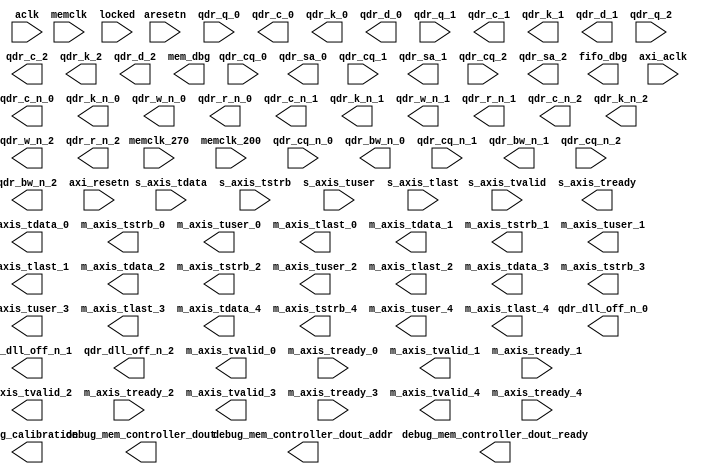
//----------------------------------------------------------------------------
// Filename:          nf10_sram_output_queues
// Version:           1.00.a
// Description:       Example Axi Streaming core (Verilog).
// Verilog Standard:  Verilog-2001
//----------------------------------------------------------------------------
// Naming Conventions:
//   active low signals:                    "*_n"
//   clock signals:                         "clk", "clk_div#", "clk_#x"
//   reset signals:                         "rst", "rst_n"
//   generics:                              "C_*"
//   user defined types:                    "*_TYPE"
//   state machine next state:              "*_ns"
//   state machine current state:           "*_cs"
//   combinatorial signals:                 "*_com"
//   pipelined or register delay signals:   "*_d#"
//   counter signals:                       "*cnt*"
//   clock enable signals:                  "*_ce"
//   internal version of output port:       "*_i"
//   device pins:                           "*_pin"
//   ports:                                 "- Names begin with Uppercase"
//   processes:                             "*_PROCESS"
//   component instantiations:              "<ENTITY_>I_<#|FUNC>"
//----------------------------------------------------------------------------

//----------------------------------------
// Module Section
//----------------------------------------
module nf10_sram_output_queues 
#(
  parameter C_FAMILY              = "virtex5",
  parameter C_S_AXI_DATA_WIDTH    = 32,          
  parameter C_S_AXI_ADDR_WIDTH    = 32,          
  parameter C_USE_WSTRB           = 0,
  parameter C_DPHASE_TIMEOUT      = 0,
  parameter C_BASEADDR            = 32'hFFFFFFFF,
  parameter C_HIGHADDR            = 32'h00000000,
  parameter C_S_AXI_ACLK_FREQ_HZ  = 100,
  parameter C_M_AXIS_DATA_WIDTH	  = 256,
  parameter C_S_AXIS_DATA_WIDTH	  = 256,
  parameter C_M_AXIS_TUSER_WIDTH  = 128,
  parameter C_S_AXIS_TUSER_WIDTH  = 128,
  parameter NUM_QUEUES=5,
  
  // Width of AXI data bus in bytes
  parameter integer TDATA_WIDTH        = C_M_AXIS_DATA_WIDTH/8,
  parameter integer CROPPED_TDATA_WIDTH        = (((C_M_AXIS_DATA_WIDTH/8) > 24) ? 24 : (C_M_AXIS_DATA_WIDTH/8)),
  // Width of TUSER in bits
  parameter integer TUSER_WIDTH        = C_M_AXIS_TUSER_WIDTH,
  parameter integer QUEUE_ID_WIDTH     = 3,
  parameter integer NUM_MEM_CHIPS      = 3,
  parameter integer NUM_MEM_INPUTS     = 6,
  parameter integer MEM_WIDTH          = 36,
  parameter integer MEM_ADDR_WIDTH     = 19,
  parameter integer MEM_CQ_WIDTH       = 1,
  parameter integer MEM_CLK_WIDTH      = 1,
  parameter integer MEM_BW_WIDTH       = 4,
  parameter integer TID_WIDTH          = 4, 
  parameter integer TDEST_WIDTH        = 4,
  parameter integer NUM_MEMORY_CHIPS   = 3
)
(
//  // Slave AXI Ports
//  input      [C_S_AXI_ADDR_WIDTH-1 : 0]     S_AXI_AWADDR,
//  input                                     S_AXI_AWVALID,
//  input      [C_S_AXI_DATA_WIDTH-1 : 0]     S_AXI_WDATA,
//  input      [C_S_AXI_DATA_WIDTH/8-1 : 0]   S_AXI_WSTRB,
//  input                                     S_AXI_WVALID,
//  input                                     S_AXI_BREADY,
//  input      [C_S_AXI_ADDR_WIDTH-1 : 0]     S_AXI_ARADDR,
//  input                                     S_AXI_ARVALID,
//  input                                     S_AXI_RREADY,
//  output                                    S_AXI_ARREADY,
//  output     [C_S_AXI_DATA_WIDTH-1 : 0]     S_AXI_RDATA,
//  output     [1 : 0]                        S_AXI_RRESP,
//  output                                    S_AXI_RVALID,
//  output                                    S_AXI_WREADY,
//  output     [1 :0]                         S_AXI_BRESP,
//  output                                    S_AXI_BVALID,
//  output                                    S_AXI_AWREADY,


    input                           aclk,
    input                           aresetn,
    input                           memclk,
    input                           memclk_270,
    input                           memclk_200,
	 
	 // memory interface
    input [(MEM_WIDTH)-1:0]			qdr_q_0,
    input [MEM_CQ_WIDTH-1:0]		qdr_cq_0,
    input [MEM_CQ_WIDTH-1:0]		qdr_cq_n_0,
    output [MEM_CLK_WIDTH-1:0]		qdr_c_0,
    output [MEM_CLK_WIDTH-1:0]		qdr_c_n_0,
    output  						qdr_dll_off_n_0,
    output [MEM_CLK_WIDTH-1:0]		qdr_k_0,
    output [MEM_CLK_WIDTH-1:0]		qdr_k_n_0,
    output [MEM_ADDR_WIDTH-1:0]		qdr_sa_0,
    output [(MEM_BW_WIDTH)-1:0]		qdr_bw_n_0,
    output             				qdr_w_n_0,
    output [(MEM_WIDTH)-1:0]		qdr_d_0,
    output             				qdr_r_n_0,

    input [(MEM_WIDTH)-1:0] 		qdr_q_1,
    input [MEM_CQ_WIDTH-1:0]    	qdr_cq_1,
    input [MEM_CQ_WIDTH-1:0]    	qdr_cq_n_1,
    output [MEM_CLK_WIDTH-1:0]  	qdr_c_1,
    output [MEM_CLK_WIDTH-1:0]  	qdr_c_n_1,
    output             				qdr_dll_off_n_1,
    output [MEM_CLK_WIDTH-1:0]  	qdr_k_1,
    output [MEM_CLK_WIDTH-1:0]  	qdr_k_n_1,
    output [MEM_ADDR_WIDTH-1:0] 	qdr_sa_1,
    output [(MEM_BW_WIDTH)-1:0]		qdr_bw_n_1,
    output             				qdr_w_n_1,
    output [(MEM_WIDTH)-1:0]		qdr_d_1,
    output							qdr_r_n_1,

    input [(MEM_WIDTH)-1:0]  		qdr_q_2,
    input [MEM_CQ_WIDTH-1:0]    	qdr_cq_2,
    input [MEM_CQ_WIDTH-1:0]    	qdr_cq_n_2,
    output [MEM_CLK_WIDTH-1:0]  	qdr_c_2,
    output [MEM_CLK_WIDTH-1:0]  	qdr_c_n_2,
    output             				qdr_dll_off_n_2,
    output [MEM_CLK_WIDTH-1:0]  	qdr_k_2,
    output [MEM_CLK_WIDTH-1:0]  	qdr_k_n_2,
    output [MEM_ADDR_WIDTH-1:0] 	qdr_sa_2,
    output [(MEM_BW_WIDTH)-1:0]  qdr_bw_n_2,
    output             				qdr_w_n_2,
    output [(MEM_WIDTH)-1:0]  	qdr_d_2,
    output             				qdr_r_n_2,

    /*synthesis syn_keep = 1 */(* S = "TRUE" *)
//    input  [MASTERBANK_PIN_WIDTH-1:0]  masterbank_sel_pin,

    input		locked,

    output [(MEM_WIDTH*NUM_MEM_INPUTS-1):0] debug_mem_controller_dout,
    output [(MEM_ADDR_WIDTH-1):0]  debug_mem_controller_dout_addr,
    output debug_mem_controller_dout_ready,
    output [NUM_MEM_CHIPS-1:0] debug_calibration,
    output [63:0] mem_dbg,
    output [63:0] fifo_dbg,

  // Slave Stream Ports (interface to data path)
	input [C_S_AXIS_DATA_WIDTH - 1:0] s_axis_tdata,
	input [((C_S_AXIS_DATA_WIDTH / 8)) - 1:0] s_axis_tstrb,
	input [C_S_AXIS_TUSER_WIDTH-1:0] s_axis_tuser,
	input s_axis_tvalid,
	output s_axis_tready,
	input s_axis_tlast,

  // Master Stream Ports (interface to TX queues)
	output [C_M_AXIS_DATA_WIDTH - 1:0] m_axis_tdata_0,
	output [((C_M_AXIS_DATA_WIDTH / 8)) - 1:0] m_axis_tstrb_0,
	output [C_M_AXIS_TUSER_WIDTH-1:0] m_axis_tuser_0,
	output  m_axis_tvalid_0,
	input m_axis_tready_0,
	output  m_axis_tlast_0,

	output [C_M_AXIS_DATA_WIDTH - 1:0] m_axis_tdata_1,
	output [((C_M_AXIS_DATA_WIDTH / 8)) - 1:0] m_axis_tstrb_1,
	output [C_M_AXIS_TUSER_WIDTH-1:0] m_axis_tuser_1,
	output  m_axis_tvalid_1,
	input m_axis_tready_1,
	output  m_axis_tlast_1,

	output [C_M_AXIS_DATA_WIDTH - 1:0] m_axis_tdata_2,
	output [((C_M_AXIS_DATA_WIDTH / 8)) - 1:0] m_axis_tstrb_2,
	output [C_M_AXIS_TUSER_WIDTH-1:0] m_axis_tuser_2,
	output  m_axis_tvalid_2,
	input m_axis_tready_2,
	output  m_axis_tlast_2,

	output [C_M_AXIS_DATA_WIDTH - 1:0] m_axis_tdata_3,
	output [((C_M_AXIS_DATA_WIDTH / 8)) - 1:0] m_axis_tstrb_3,
	output [C_M_AXIS_TUSER_WIDTH-1:0] m_axis_tuser_3,
	output  m_axis_tvalid_3,
	input m_axis_tready_3,
	output  m_axis_tlast_3,

	output [C_M_AXIS_DATA_WIDTH - 1:0] m_axis_tdata_4,
	output [((C_M_AXIS_DATA_WIDTH / 8)) - 1:0] m_axis_tstrb_4,
	output [C_M_AXIS_TUSER_WIDTH-1:0] m_axis_tuser_4,
	output  m_axis_tvalid_4,
	input m_axis_tready_4,
	output  m_axis_tlast_4,

 // misc
	input axi_aclk,
	input axi_resetn
);

function integer log2;
	input integer number;
	begin
		log2=0;
		while(2**log2<number) 
			begin
				log2=log2+1;
			end
	end
endfunction

//AxiToFifo #()
//axi_to_fifo();
//
//FifoMem#()
//fifomem();




endmodule